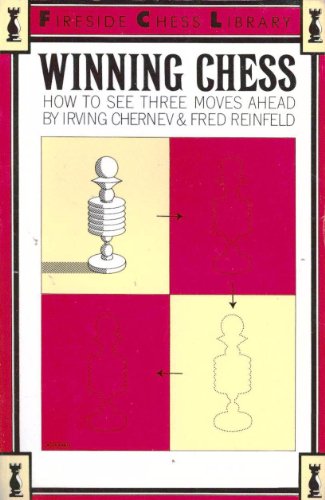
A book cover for Winning Chess: How To See Three Moves Ahead; Irving Chernev; Humor & Entertainment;